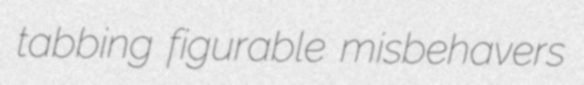
tabbing figurable misbehavers